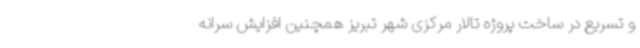
و تسریع در ساخت پروژه تالار مرکزی ‌شهر تبریز همچنین افزایش سرانه